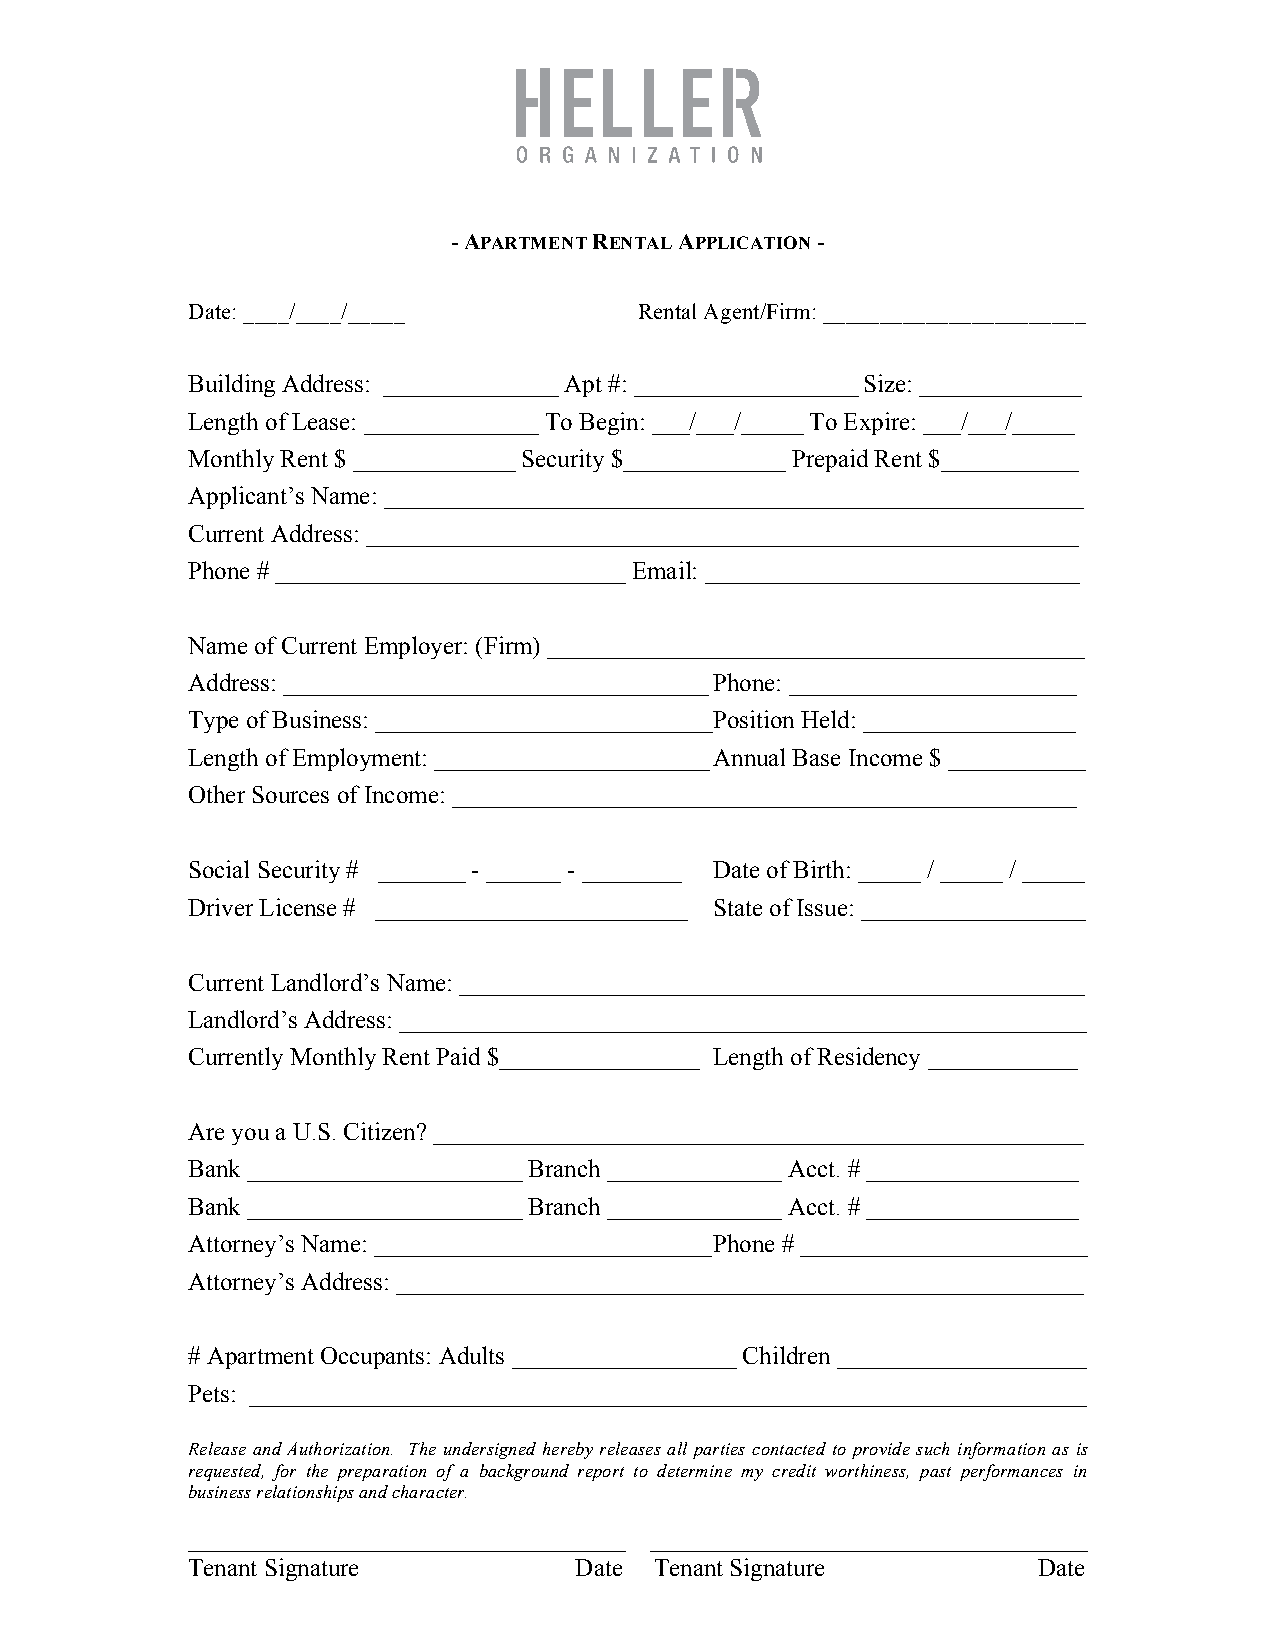
- APARTMENT RENTAL APPLICATION -
 Date: ____/____/_____         Rental Agent/Firm: _______________________
 Building Address: ______________ Apt #: __________________ Size: _____________
 Length of Lease: ______________ To Begin: ___/___/_____ To Expire: ___/___/_____
 Monthly Rent $ _____________ Security $_____________ Prepaid Rent $___________
 Applicant’s Name: ________________________________________________________
 Current Address: _________________________________________________________
 Phone # ____________________________ Email: ______________________________
 Name of Current Employer: (Firm) ___________________________________________
 Address: __________________________________ Phone: _______________________
 Type of Business: ___________________________ Position Held: _________________
 Length of Employment: ______________________ Annual Base Income $ ___________
 Other Sources of Income: __________________________________________________
 Social Security # _______ - ______ - ________ Date of Birth: _____ / _____ / _____
 Driver License # _________________________ State of Issue: __________________
 Current Landlord’s Name: __________________________________________________
 Landlord’s Address: _______________________________________________________
 Currently Monthly Rent Paid $________________ Length of Residency ____________
 Are you a U.S. Citizen? ____________________________________________________
 Bank ______________________ Branch ______________ Acct. # _________________
 Bank ______________________ Branch ______________ Acct. # _________________
 Attorney’s Name: ___________________________ Phone # _______________________
 Attorney’s Address: _______________________________________________________
 # Apartment Occupants: Adults __________________ Children ____________________
 Pets: ___________________________________________________________________
 Release and Authorization. The undersigned hereby releases all parties contacted to provide such information as is
 requested, for the preparation of a background report to determine my credit worthiness, past performances in
 business relationships and character.
 ___________________________________ ___________________________________
 Tenant Signature          Date Tenant Signature          Date